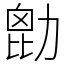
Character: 㔡